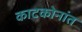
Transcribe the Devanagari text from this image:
काटकोनांत